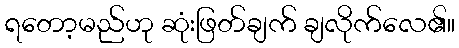
ရတော့မည်ဟု ဆုံးဖြတ်ချက် ချလိုက်လေ၏။